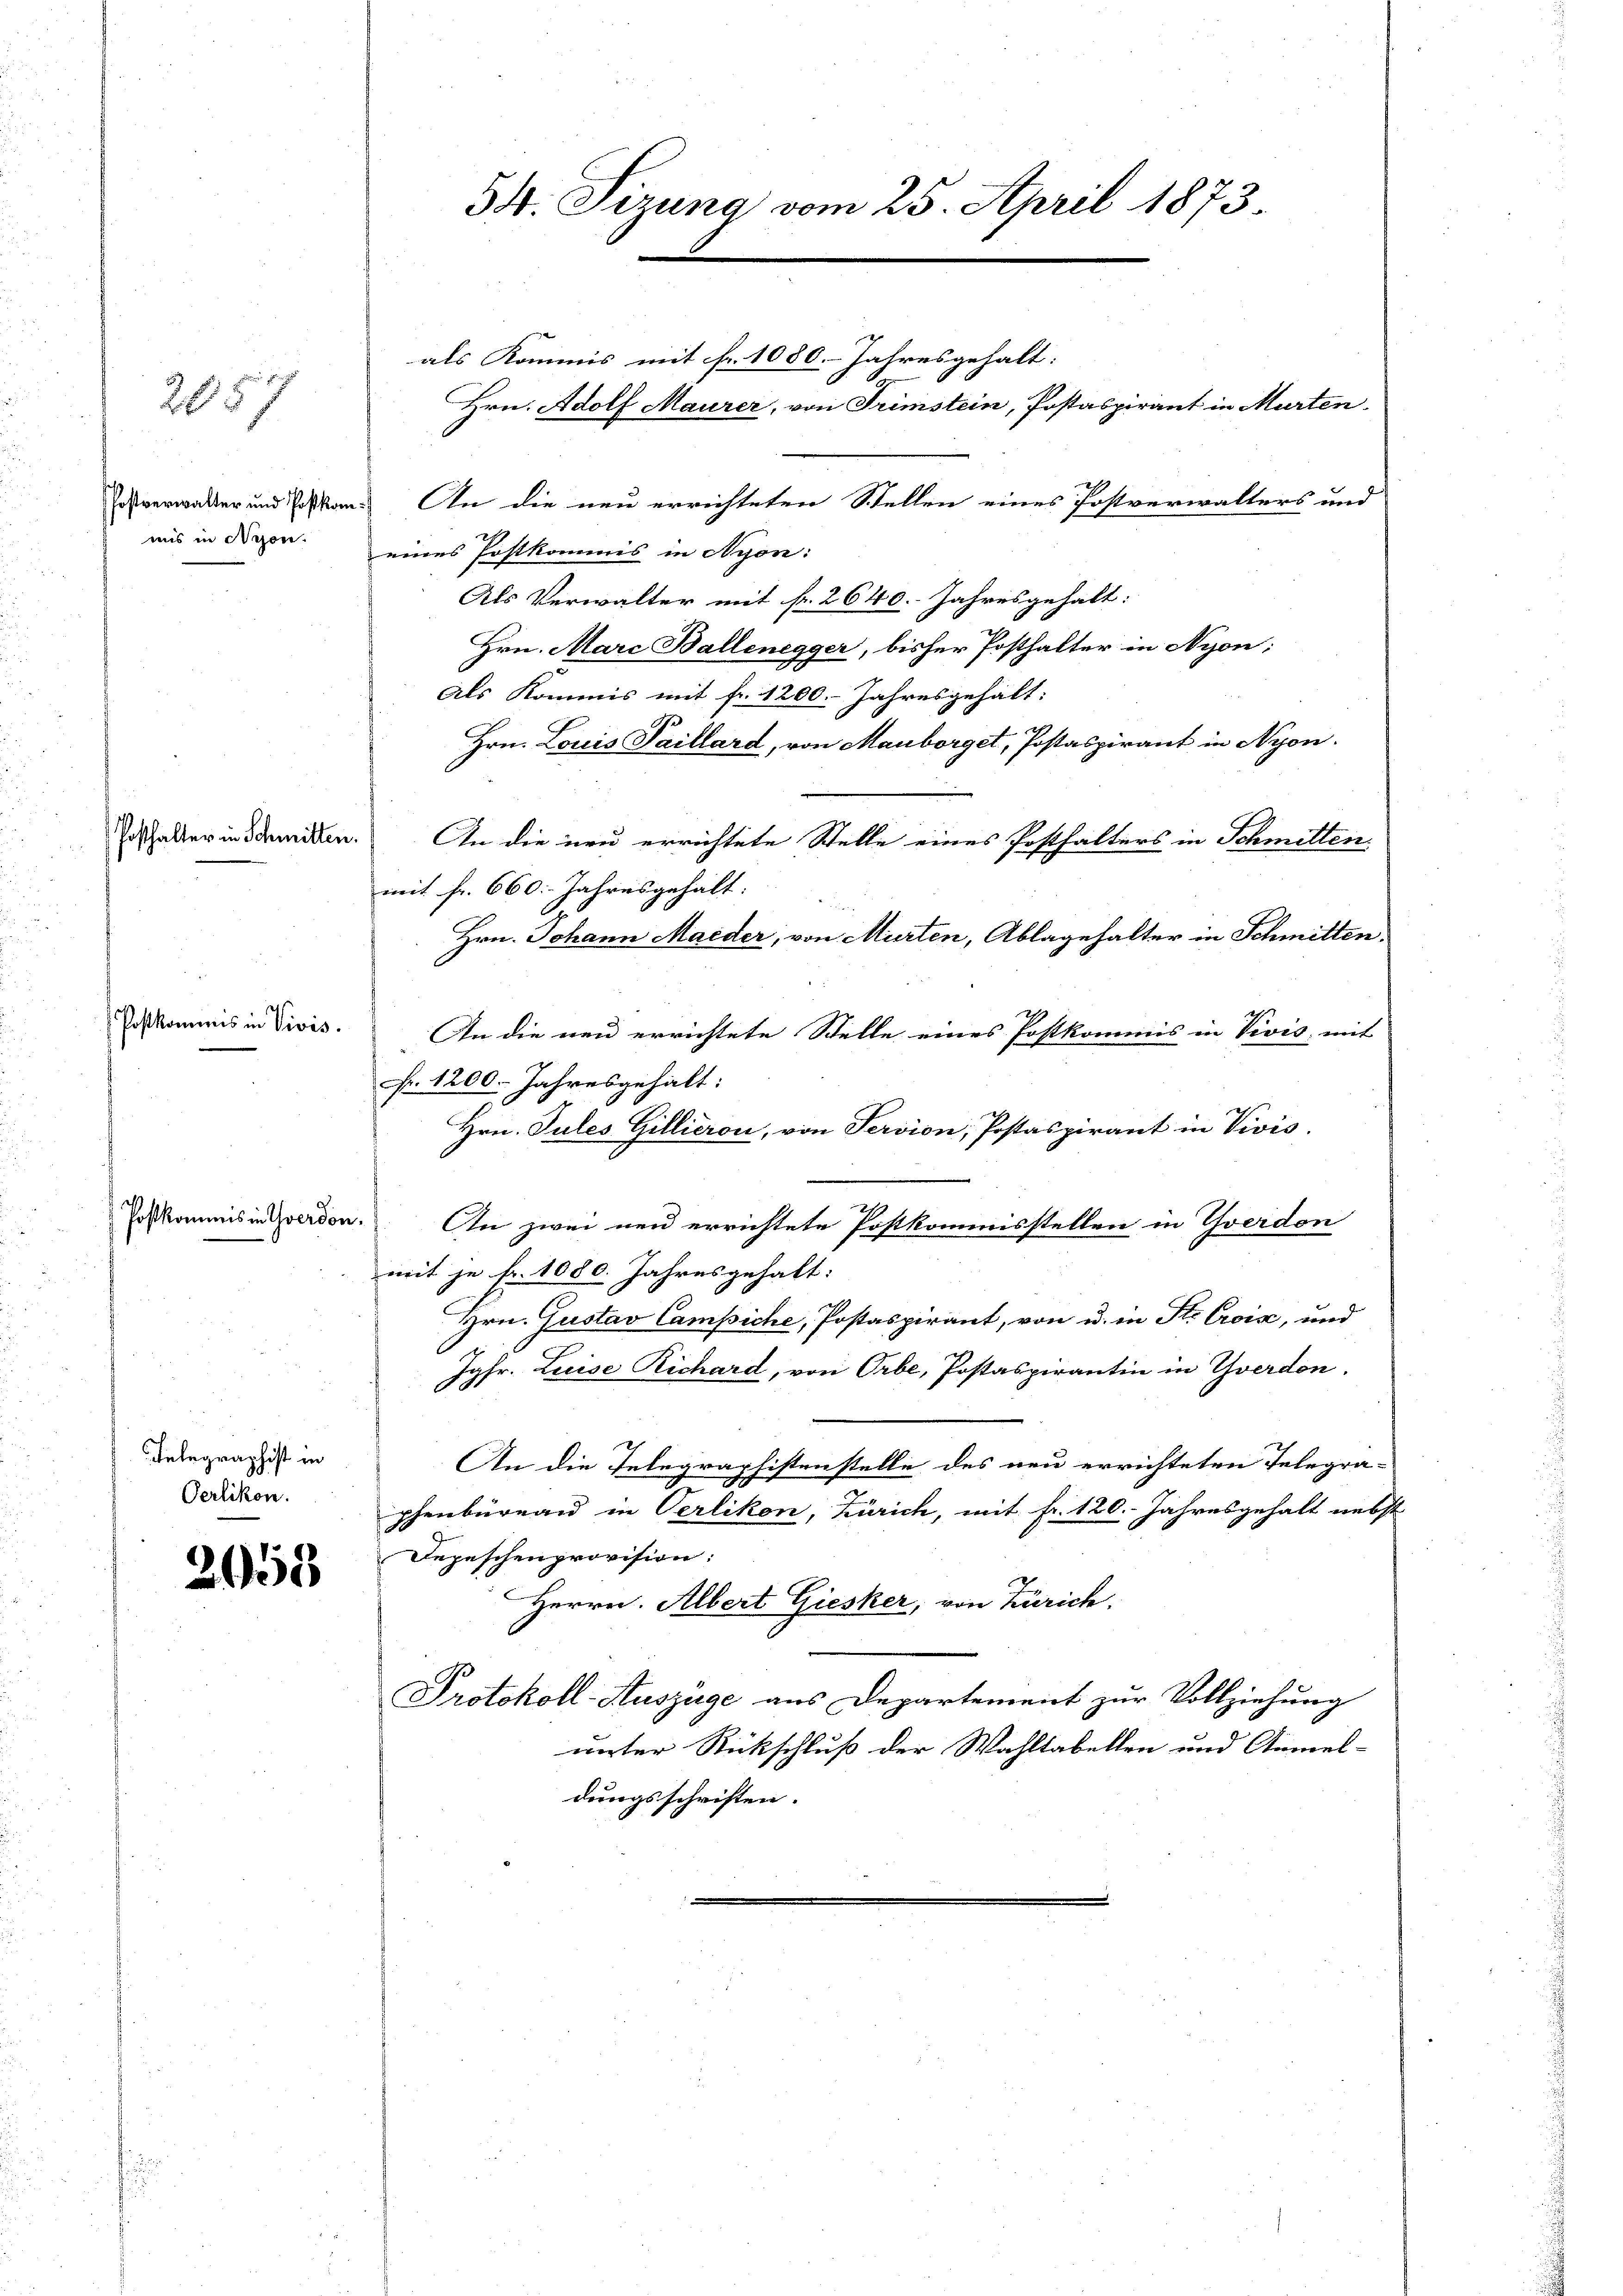
2057

Postverwalter und Postkom
ms in Wesen.

Postkommis in Vivis.

Posthalter in Schmitten.

Postkommis in Yverdon,

Telegraphist in
Perlikon.

2058

54. Sitzung vom 25. April 1873.

als Kommis mit fr. 1080. Jahresgehalt:
Hrn. Adolf Maurer, von Trimstein, Postaspirant in Murten
An die neu errichteten Stellen eines Postverwalters und
eines Postkommis in Nyon:
Als Verwalter mit fr. 2640. Jahresgehalt:
Hrn. Marc Ballenegger, bisher Posthalter in Nyon:
Als Kommis mit fr. 1200. Jahresgehält:
a
Hrn. Louis Faillard, von Mauborget, Postaspirant in Nyon.
An die neu errichtete Stelle eines Posthalters in Schmitten.
mit fr. 660. Jahresgehält:
Hrn. Johann Maeder, von Murten, Ablagehalter in Schmitten.
An die neu errichtete Stelle eines Postkommis in Vivis, mit
fr. 1200. Jahresgehält:
Hrn. Tules Gillieron, von Servion, Postaspirant in Vivis.
An zwei neu errichtete Postkommisstellen in Yverdon
mit je fr. 1080. Jahresgehalt:
Hrn. Gustav Campiche, Postaspirant, von u. in St. Croix, und
Jgfr. Luise Richard, von Orbe, Postaspirantin in Yverden.
An die Telegraphistenstelle des neu errichteten Telegra-
e
phenbüreau in Oerlikon, Zürich, mit fr. 120. Jahresgehalt nebst
Depeschenprovision:
Herrn. Albert Giesker, von Zürich.
Protokoll-Auszüge aus Departement zur Vollziehung
werter Rückschluß der Wahltabellen und Anmel-
dungsschriften.